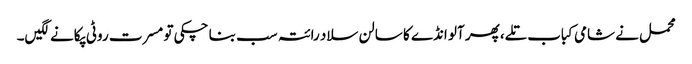
محمل نے شامی کباب تلے، پھر آلو انڈے کا سالن سلاد رائتہ سب بنا چکی تو مسرت روٹی پکانے لگیں۔